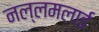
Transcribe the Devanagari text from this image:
नल्लमलाई